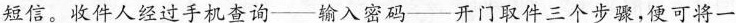
短信。收件人经过手机查询——输入密码——开门取件三个步骤，便可将一